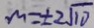
m = \pm 2 \sqrt { 1 0 }